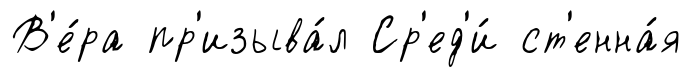
В'е́ра пр'изыва́л Ср'ед'и́ ст'енна́я